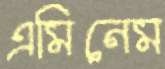
এমিনেম